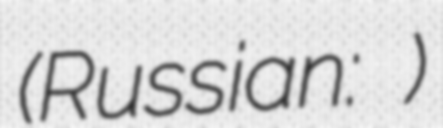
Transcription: (Russian: Высокогорный)